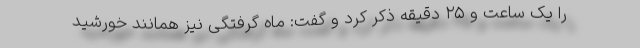
را یک ساعت و ۲۵ دقیقه ذکر کرد و گفت: ماه گرفتگی نیز همانند خورشید